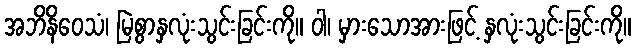
အဘိနိဝေသံ၊ မြဲစွာနှလုံးသွင်းခြင်းကို။ ဝါ၊ မှားသောအားဖြင့် နှလုံးသွင်းခြင်းကို။